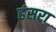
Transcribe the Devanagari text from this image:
हंसरा